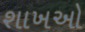
શાખઓ